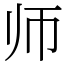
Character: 师